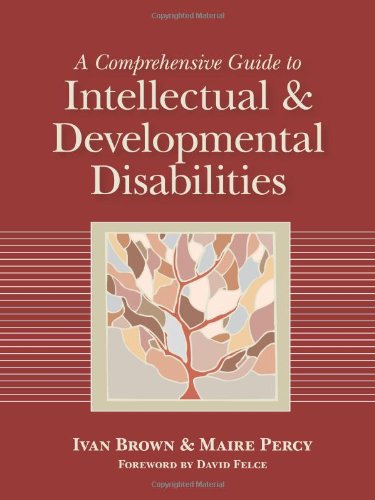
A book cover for A Comprehensive Guide to Intellectual and Developmental Disabilities; Medical Books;